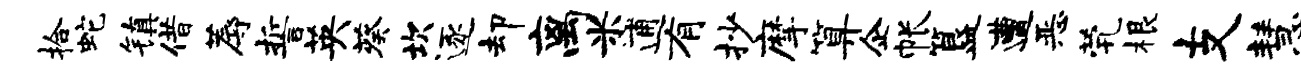
拾蛇镇借蓐誓英葵坎逐却离米逋有抄摩算企帐簋遭恶茕根支慧